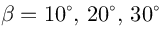
\beta = 1 0 ^ { \circ } , \, 2 0 ^ { \circ } , \, 3 0 ^ { \circ }